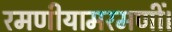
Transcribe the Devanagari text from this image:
रमणीयामरमणीं।